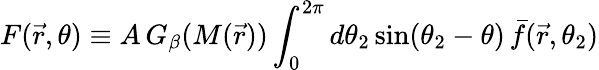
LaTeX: F(\vec{r},\theta)\equiv A\, G_{\beta}(M(\vec{r}))\int_{0}^{2\pi}d\theta_{2}\, \mathrm{sin}(\theta_{2}-\theta)\, \bar{f}(\vec{r},\theta_{2})